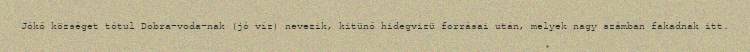
Jókő községet tótul Dobra-voda-nak (jó víz) nevezik, kitünő hidegvizü forrásai után, melyek nagy számban fakadnak itt.